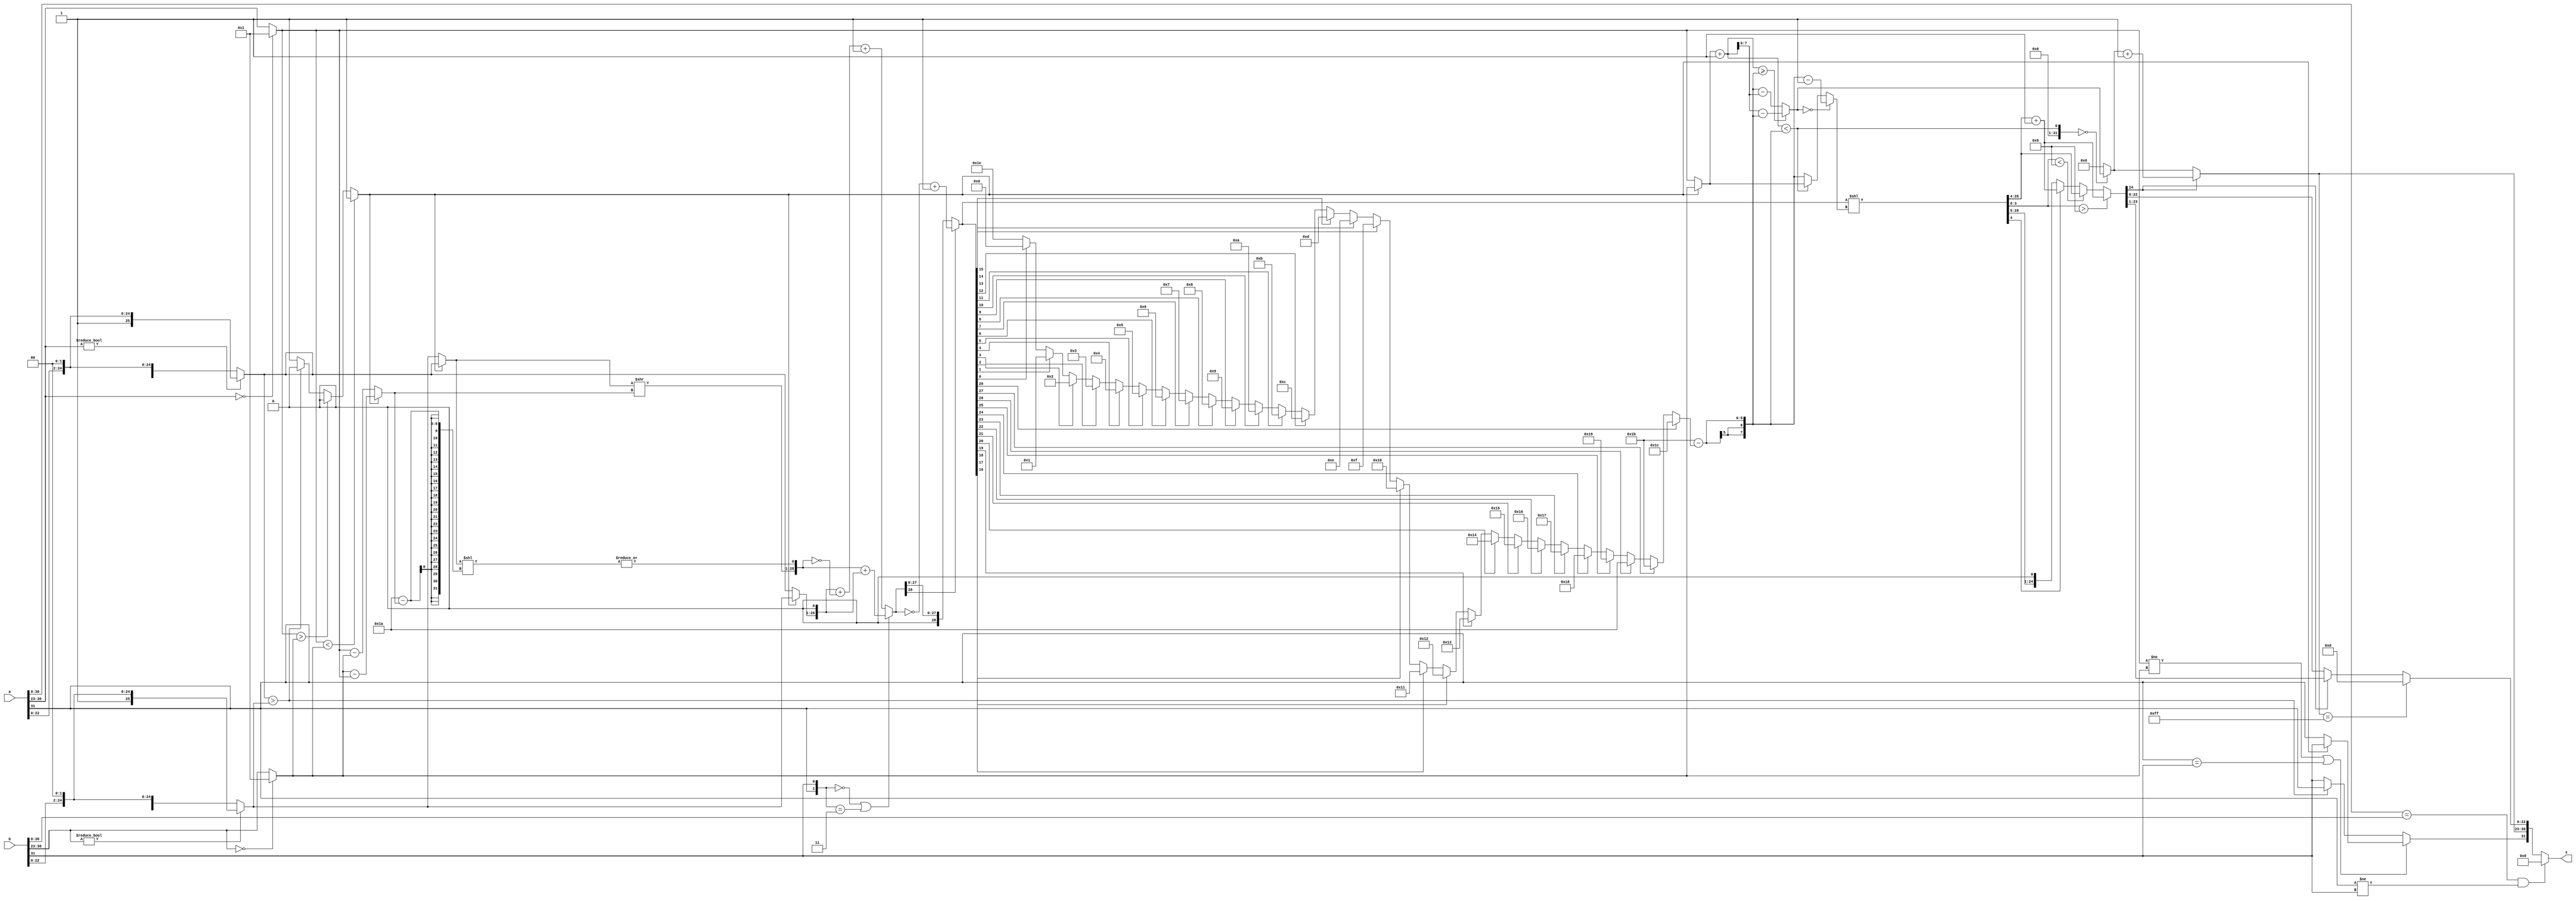
`timescale 1ns/1ns
module fp_adder(
    input [31:0] a,
    input [31:0] b,
    output wire [31:0] s
    );
//  wires
//  sign  variables
wire sign_A;
wire sign_B;
wire sign_big;
wire final_sign;
wire sum_result_sign;
//  exponent variables
wire [7:0] exp_A;
wire [7:0] exp_B;
wire [7:0] final_exp_A;
wire [7:0] final_exp_B;
wire [7:0] exp_difference;
wire [7:0] exp_big;
wire [7:0] result_exp_1;
wire [7:0] result_exp_2;
wire [7:0] final_exp;
//  fraction & number variables
wire[22:0] frac_A;
wire[22:0] frac_B;
wire [25:0] final_A;
wire [25:0] final_B;
wire borrow;
wire [25:0] small_number;
wire [25:0] big_number;
wire sticky;
wire [28:0] final_small_number;
wire [28:0] final_big_number;
wire [28:0] sum_result;
wire [28:0] final_sum;
wire [4:0] leading_one;
wire [28:0] first_normalized_num;
wire[3:0] round_bits;
wire [24:0] rounded_number;
wire [24:0] final_output;
wire [22:0] final_frac;
wire my_temp;
wire my_temp_2;
wire [7:0] shift_amount;
wire[7:0] final_shift_amount;
wire[31:0] Output;

//  statement assigments

//  defining smaller and larger number
assign sign_A=a[31];
assign sign_B=b[31];
assign exp_A = a[30:23];
assign exp_B = b[30:23];
assign final_exp_A = (exp_A == 8'h00) ? (8'b00000001) : exp_A;
assign final_exp_B = (exp_B == 8'h00) ? (8'b00000001) : exp_B;
assign frac_A = a[22:0];
assign frac_B = b[22:0];
assign final_A=  exp_A!=0 ? {1'b1,frac_A,2'b00} : {1'b0,frac_A,2'b00};
assign final_B= exp_B!=0 ? {1'b1,frac_B,2'b00} : {1'b0,frac_B,2'b00};

//  borrow
assign borrow = (final_exp_A < final_exp_B) ? 1 : (final_exp_A > final_exp_B) ? 0 : (final_A>final_B) ? 0 : 1;

//  exponent difference
assign exp_difference = borrow ? final_exp_B - final_exp_A : final_exp_A - final_exp_B;
assign small_number= borrow?final_A:final_B;
assign big_number= borrow?final_B:final_A;
assign sign_big = borrow ? sign_B : sign_A;
assign exp_big = borrow ? final_exp_B : final_exp_A;


//  sticky
assign sticky=|(small_number<<(26 - exp_difference));
assign final_small_number = {{2'b00,small_number}>>exp_difference,sticky};
assign final_big_number={2'b00,big_number,1'b0};
//  calculating the sum
assign sum_result={sign_A,sign_B}==2'b00 || {sign_A,sign_B}==2'b11  ? final_small_number+final_big_number : final_big_number+(~final_small_number)+1; 
assign sum_result_sign = sum_result[28];
assign final_sum=sum_result_sign == 0 ? sum_result : (~sum_result) + 1;  

//  final_sign
assign final_sign = (final_exp_A != final_exp_B)||(sign_A==sign_B) ? sign_big : final_A > final_B ? sign_A : sign_B;

//  leading one
assign leading_one =   final_sum[28] ? 28 :
final_sum[27] ? 27 :
final_sum[26] ? 26 :
final_sum[25] ? 25 :
final_sum[24] ? 24 :
final_sum[23] ? 23 :
final_sum[22] ? 22 :
final_sum[21] ? 21 :
final_sum[20] ? 20 :
final_sum[19] ? 19 :
final_sum[18] ? 18 :
final_sum[17] ? 17 :
final_sum[16] ? 16 :
final_sum[15] ? 15 :
final_sum[14] ? 14 :
final_sum[13] ? 13 :
final_sum[12] ? 12 :
final_sum[11] ? 11 :
final_sum[10] ? 10 :
final_sum[9] ? 9 :
final_sum[8] ? 8 :
final_sum[7] ? 7 :
final_sum[6] ? 6 :
final_sum[5] ? 5 :
final_sum[4] ? 4 :
final_sum[3] ? 3 :
final_sum[2] ? 2 :
final_sum[1] ? 1 : 
final_sum[0] ? 0 : 30;

// normalizing
assign shift_amount = 27 - leading_one;
assign result_exp_1 = (exp_big + 1>=shift_amount) == 1 ? (exp_big + 1) - shift_amount:shift_amount - (exp_big + 1);
assign final_shift_amount = result_exp_1==0 ? shift_amount - 1 : (exp_big + 1<shift_amount) ? exp_big  : shift_amount;
assign first_normalized_num=final_sum<<final_shift_amount;
assign result_exp_2 = (exp_big + 1<shift_amount) ==0 ?result_exp_1 : 0  ;


// rounding
assign round_bits = first_normalized_num[3:0];
assign my_temp = first_normalized_num[4];
assign rounded_number = round_bits > 4'b1000 ? first_normalized_num[28:4] + 1 : round_bits < 4'b1000 ?  first_normalized_num[28:4] : my_temp == 1 ? first_normalized_num[28:4]+1:{first_normalized_num[28:5],1'b0};




// last normalizing if needed & defining the output
assign final_exp = rounded_number[24] == 1 ? result_exp_2 + 1 : result_exp_2 ; 
assign final_output = final_exp == 8'b11111111 ? 0 : rounded_number[24] == 1 ?  (rounded_number>>1)  : rounded_number ;
assign final_frac=final_output[22:0];
assign Output = {exp_A,frac_A}=={exp_B,frac_B}&& sign_A!=sign_B ? 32'h0000 : {final_sign,final_exp,final_frac};
assign s = Output;

    
endmodule